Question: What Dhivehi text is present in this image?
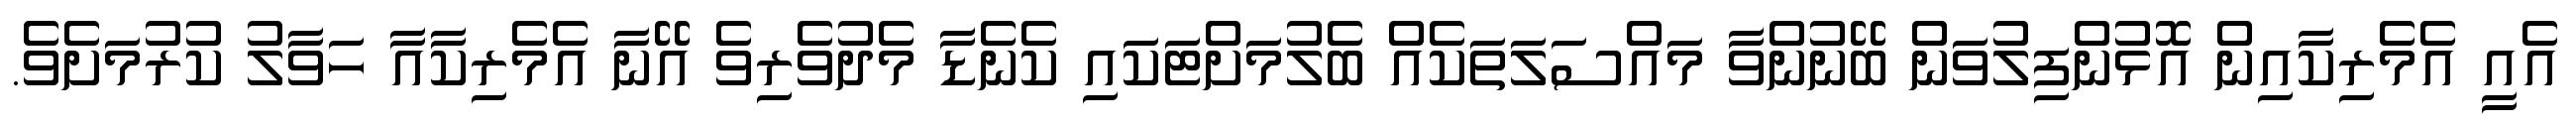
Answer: އެއީ އެމެރިކާއިން އޮޅުންފިލުވަން ބޭނުންވާ މައްސަލަތަކެއް ބެލުމަށްޓަކައި ކެނެޑާ މެދުވެރިވެ އޭނާ އެމެރިކާއާ ހަވާލު ކުރުމަށެވެ.